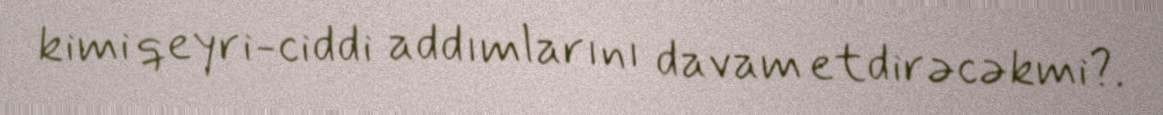
kimi qeyri-ciddi addımlarını davam etdirəcəkmi?.